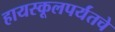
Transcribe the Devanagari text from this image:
हायस्कूलपर्यंतचे